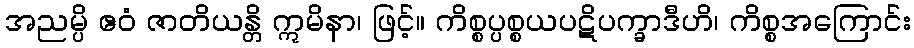
အညမ္ပိ ဧဝံ ဇာတိယန္တိ ဣမိနာ၊ ဖြင့်။ ကိစ္စပ္ပစ္စယပဋိပက္ခာဒီဟိ၊ ကိစ္စအကြောင်း